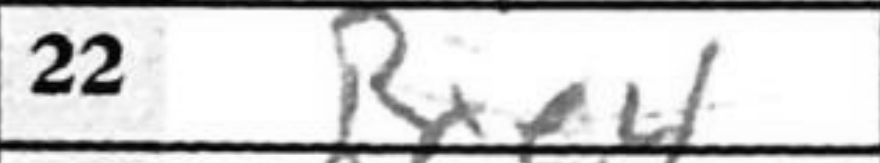
Transcription: Rxe4